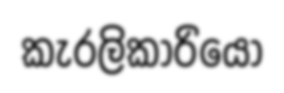
කැරලිකාරියෝ